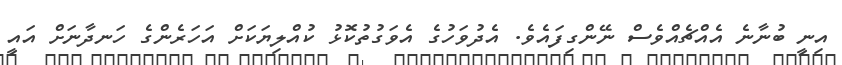
އިނީ ބުނާނެ އެއްޗެއްވެސް ނޭންގިފައެވެ. އެދުވަހުގެ އެވަގުތުކޮޅު ކުއްލިޔަކަށް އަހަރެންގެ ހަނދާނަށް އައީ